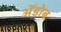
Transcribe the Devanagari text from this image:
ॲडोब